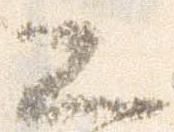
ヨ